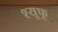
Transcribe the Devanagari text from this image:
श्यूफू